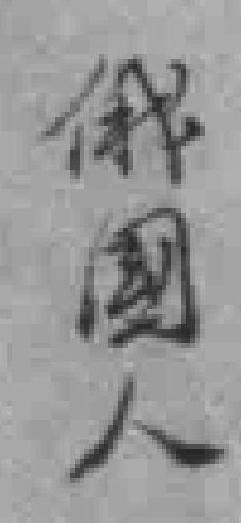
俄國人